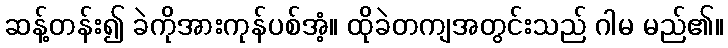
ဆန့်တန်း၍ ခဲကိုအားကုန်ပစ်အံ့။ ထိုခဲတကျအတွင်းသည် ဂါမ မည်၏။